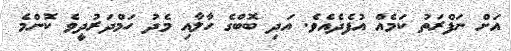
އަށް ނަފްރަތު ކަމެއް އުފެދެއެވެ. އަދި ބޮބްގެ ހާލާއި މެދު ހަމްދަރުދީވެ ކޮންމެ